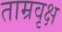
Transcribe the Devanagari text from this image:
ताम्रवृक्ष